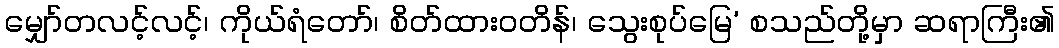
မျှော်တလင့်လင့်၊ ကိုယ်ရံတော်၊ စိတ်ထားဝတိန်၊ သွေးစုပ်မြေ’ စသည်တို့မှာ ဆရာကြီး၏